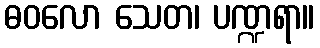
ဓဝလော သေတ၊ ပဏ္ဍရာ။